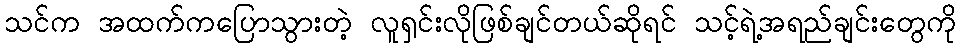
သင်က အထက်ကပြောသွားတဲ့ လူရှင်းလိုဖြစ်ချင်တယ်ဆိုရင် သင့်ရဲ့အရည်ချင်းတွေကို